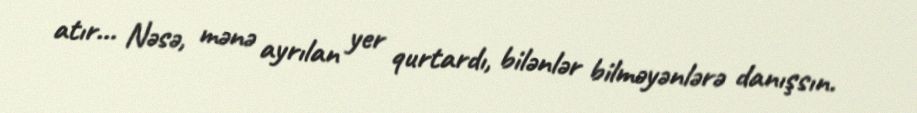
atır... Nəsə, mənə ayrılan yer qurtardı, bilənlər bilməyənlərə danışsın.